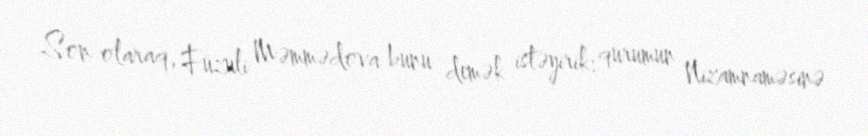
Son olaraq, Füzuli Məmmədova bunu demək istəyirik: qurumun Nizamnaməsinə